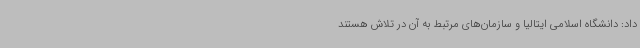
داد: دانشگاه اسلامی ایتالیا و سازمان‌های مرتبط به آن در تلاش هستند